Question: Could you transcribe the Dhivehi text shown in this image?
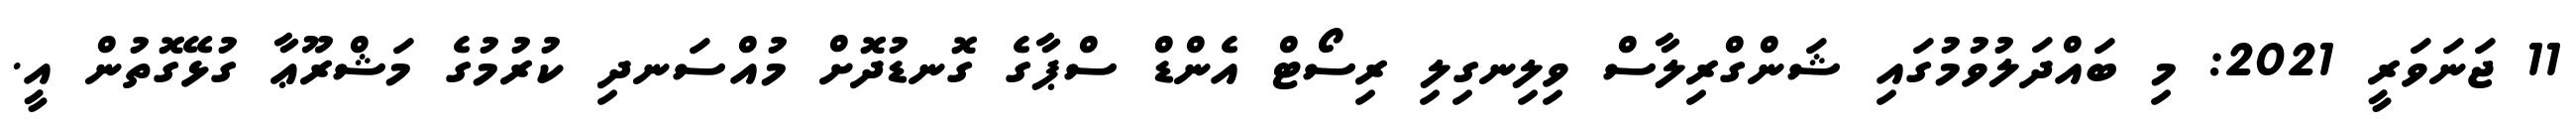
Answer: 11 ޖަނަވަރީ 2021: މި ބައްދަލުވުމުގައި ޝަންގްރިލާސް ވިލިނގިލި ރިސޯޓް އެންޑް ސްޕާގެ ގޮނޑުދޮށް މުއްސަނދި ކުރުމުގެ މަޝްރޫޢާ ގުޅޭގޮތުން އީ.